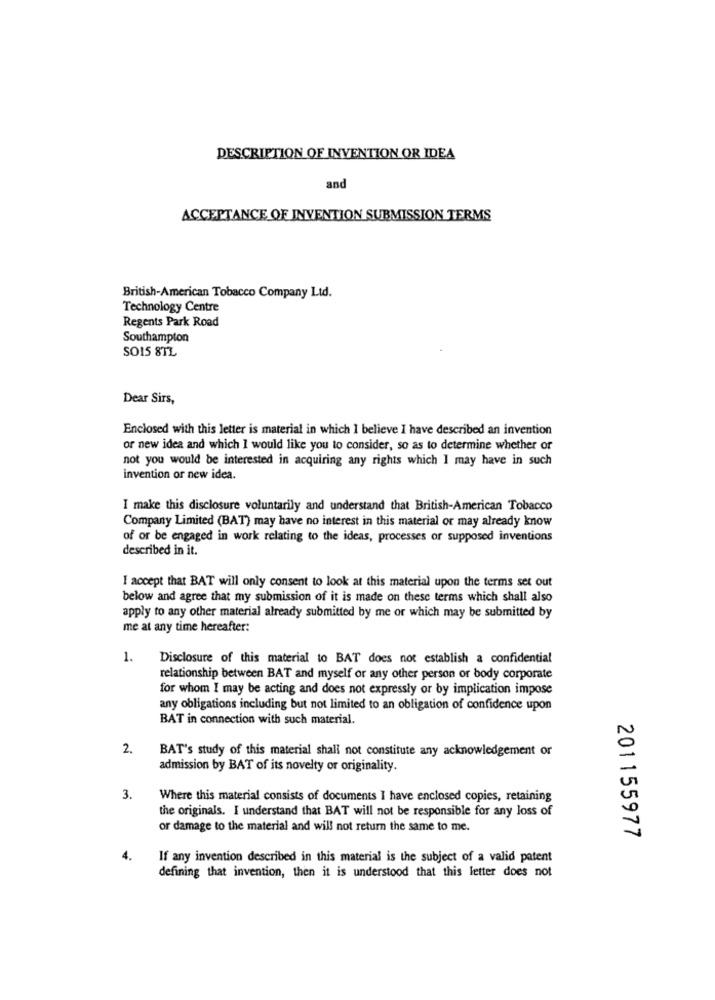
DESCRIPTION OF INVENTION OR IDEA
and
ACCEPTANCE OF INVENTION SUBMISSION TERMS
British-American Tobacco Company Ltd.
Technology Centre
Regents Park Road
Southampton
SO15 8TL
Dear Sirs,
Enclosed with this letter is material in which I believe I have described an invention
or new idea and which I would like you to consider, so as to determine whether or
not you would be interested in acquiring any rights which I may have in such
invention or new idea.
I make this disclosure voluntarily and understand that British-American Tobacco
Company Limited (BAT) may have no interest in this material or may already know
of or be engaged in work relating to the ideas, processes or supposed inventions
described in it.
I accept that BAT will only consent to look at this material upon the terms set out
below and agree that my submission of it is made on these terms which shall also
apply to any other material already submitted by me or which may be submitted by
me at any time hereafter:
1.
Disclosure of this material to BAT does not establish a confidential
relationship between BAT and myself or any other person or body corporate
for whom I may be acting and does not expressly or by implication impose
any obligations including but not limited to an obligation of confidence upon
BAT in connection with such material.
2.
BAT's study of this material shall not constitute any acknowledgement or
admission by BAT of its novelty or originality.
3.
Where this material consists of documents I have enclosed copies, retaining
the originals. I understand that BAT will not be responsible for any loss of
or damage to the material and will not return the same to me.
201155977
If any invention described in this material is the subject of a valid patent
defining that invention, then it is understood that this letter does not